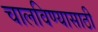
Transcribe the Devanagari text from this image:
चालविण्‍यासाठी